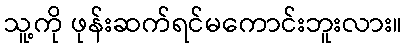
သူ့ကို ဖုန်းဆက်ရင်မကောင်းဘူးလား။